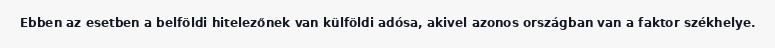
Ebben az esetben a belföldi hitelezőnek van külföldi adósa, akivel azonos országban van a faktor székhelye.